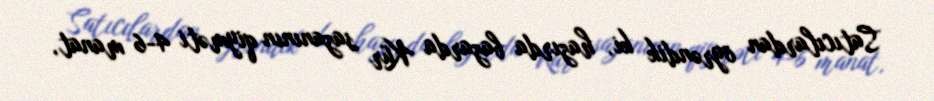
Satıcılardan öyrəndik ki, hazırda bazarda Kür sazanının qiyməti 4-6 manat,